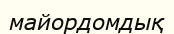
майордомдық